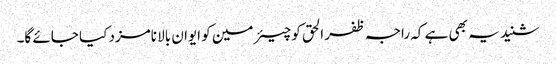
شنید یہ بھی ہے کہ راجہ ظفر الحق کو چیئرمین کو ایوان بالا نامزد کیا جائے گا۔